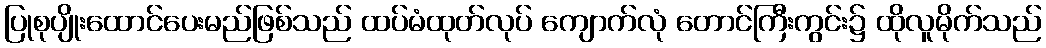
ပြုစုပျိုးထောင်ပေးမည်ဖြစ်သည် ထပ်မံထုတ်လုပ် ကျောက်လုံ တောင်ကြီးကွင်း၌ ထိုလူမိုက်သည်